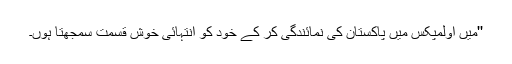
''میں اولمپکس میں پاکستان کی نمائندگی کر کے خود کو انتہائی خوش قسمت سمجھتا ہوں۔